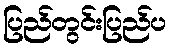
ပြည်တွင်းပြည်ပ